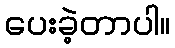
ပေးခဲ့တာပါ။